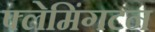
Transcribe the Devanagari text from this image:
फ्लेमिंगटन